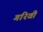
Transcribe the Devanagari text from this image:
गरिवी